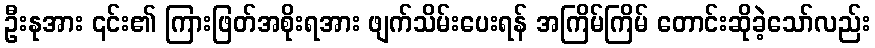
ဦးနုအား ၎င်း၏ ကြားဖြတ်အစိုးရအား ဖျက်သိမ်းပေးရန် အကြိမ်ကြိမ် တောင်းဆိုခဲ့သော်လည်း